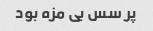
پر سس بی مزه بود